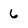
Character: 6